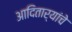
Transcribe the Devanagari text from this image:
आदितार्‍यांचे